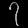
Digit: ၇